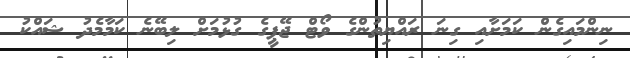
ނިންމައިގެން ކަމަށާއި ގިނަ ރައްޔިތުންގެ ވޯޓް ޖޭޕީގެ ގުޅުމަށް ލިބޭނެ ކަމާމެދު ޝައްކު